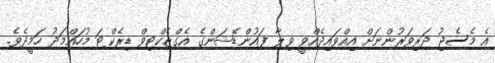
އެ މެސެޖު ދަރިވަރުންނަށް އިއްވައިދެއްވީ ވިލާ ފައުންޑޭޝަންގެ އެގްޒެކްޓިވް ޑިރެކްޓަ މުހައްމަދު ހަމީދެވެ.